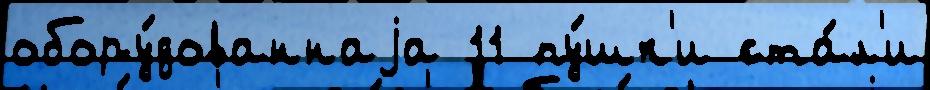
обору́дованнаjа 11 пу́шк'и ста́л'и